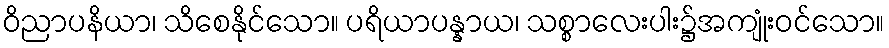
ဝိညာပနိယာ၊ သိစေနိုင်သော။ ပရိယာပန္နာယ၊ သစ္စာလေးပါး၌အကျုံးဝင်သော။